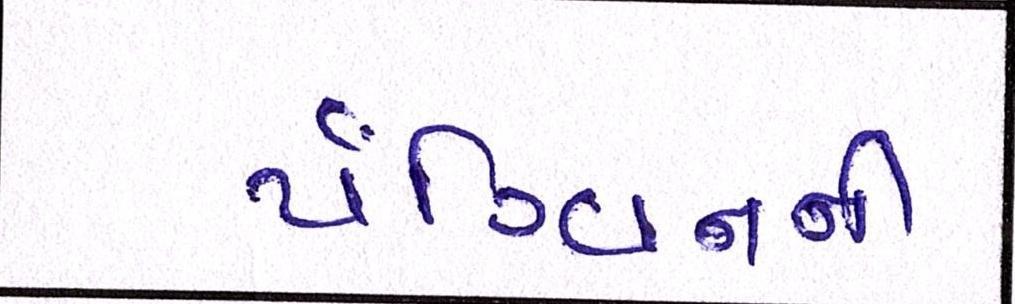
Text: પૅંગ્વિનની